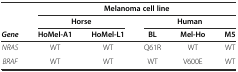
<table><thead><tr><td rowspan="2"></td><td colspan="5"><b>Melanoma cell line</b></td></tr><tr><td colspan="2"><b>Horse</b></td><td colspan="3"><b>Human</b></td></tr><tr><td><b><i>Gene</i></b></td><td><b>HoMel-A1</b></td><td><b>HoMel-L1</b></td><td><b>BL</b></td><td><b>Mel-Ho</b></td><td><b>M5</b></td></tr></thead><tbody><tr><td><i>NRAS</i></td><td>WT</td><td>WT</td><td>Q61R</td><td>WT</td><td>WT</td></tr><tr><td><i>BRAF</i></td><td>WT</td><td>WT</td><td>WT</td><td>V600E</td><td>WT</td></tr></tbody></table>